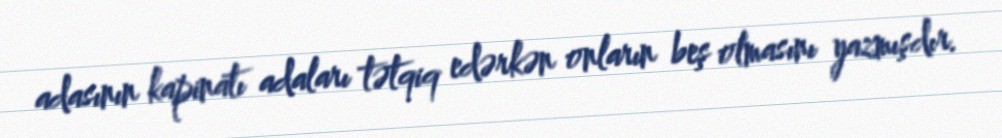
adasının kapinatı adaları tətqiq edərkən onların beş olmasını yazmışdır.